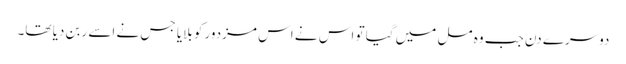
دوسرے دن جب وہ مل میں گیا تو اس نے اس مزدور کو بلایا جس نے اسے ربن دیا تھا۔